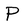
Character: P